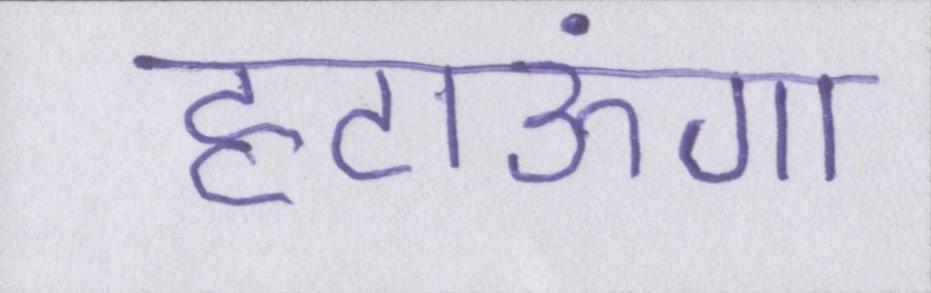
हटाऊंगा